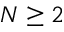
N \ge 2